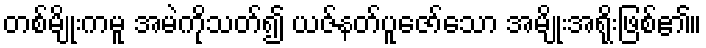
တစ်မျိုးကမူ အမဲကိုသတ်၍ ယဇ်နတ်ပူဇော်သော အမျိုးအရိုးဖြစ်၏။